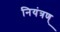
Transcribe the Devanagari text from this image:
नियंत्रण्